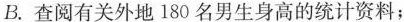
B.查阅有关外地180名男生身高的统计资料；